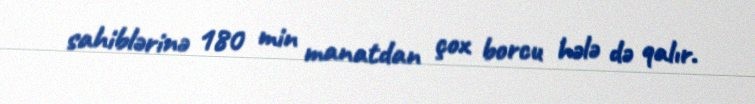
sahiblərinə 180 min manatdan çox borcu hələ də qalır.